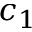
c _ { 1 }